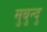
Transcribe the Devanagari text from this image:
मुबुन्दु